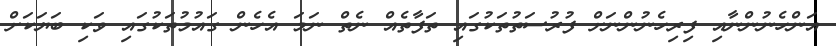
އަންހެނުންނާއި ފިރިހެނުންނަށް ފުރުސަތުތަކުގައި ތަފާތެއް ނެތް ނަމަ އެހެން ގައުމުތަކުގައި ވަކި ބަޔަކަށް